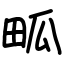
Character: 畖